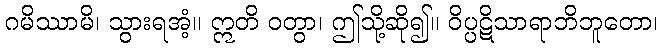
ဂမိဿာမိ၊ သွားရအံ့။ ဣတိ ဝတွာ၊ ဤသို့ဆို၍။ ဝိပ္ပဋိသာရာဘိဘူတော၊